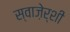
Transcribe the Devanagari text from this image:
स्वाज़ेर्शी